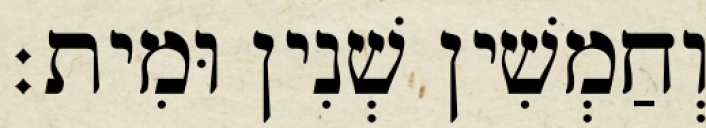
וְחַמְשִׁין שְׁנִין וּמִית׃